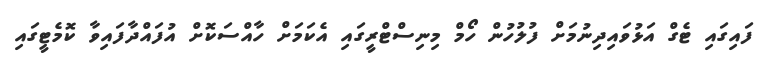
ފައިގައި ޓެގް އަޅުވައިދިނުމަށް ފުލުހުން ހޯމް މިނިސްޓްރީގައި އެކަމަށް ހާއްސަކޮށް އުފައްދާފައިވާ ކޮމެޓީގައި